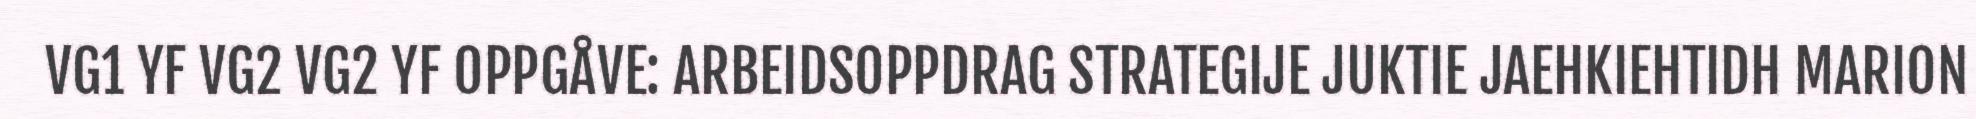
VG1 YF VG2 VG2 YF OPPGÅVE: ARBEIDSOPPDRAG STRATEGIJE JUKTIE JAEHKIEHTIDH MARION